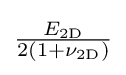
{\tfrac {E_{\mathrm {2D} }}{2(1+\nu _{\mathrm {2D} })}}